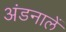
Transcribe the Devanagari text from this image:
अंडनालें